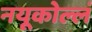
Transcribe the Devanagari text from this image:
नयूकोल्लं